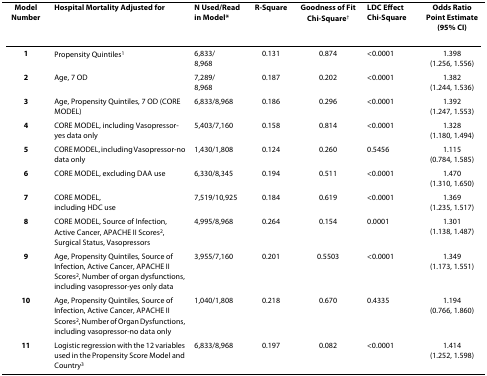
| ModelNumber | Hospital Mortality Adjusted for | N Used/Read in Model* | R-Square | Goodness of FitChi-Square† | LDC Effect Chi-Square | Odds RatioPoint Estimate(95% CI) |
 | --- | --- | --- | --- | --- | --- | --- |
 | 1 | Propensity Quintiles1 | 6,833/8,968 | 0.131 | 0.874 | <0.0001 | 1.398(1.256, 1.556) |
 | 2 | Age, 7 OD | 7,289/8,968 | 0.187 | 0.202 | <0.0001 | 1.382(1.244, 1.536) |
 | 3 | Age, Propensity Quintiles, 7 OD (CORE MODEL) | 6,833/8,968 | 0.186 | 0.296 | <0.0001 | 1.392(1.247, 1.553) |
 | 4 | CORE MODEL, including Vasopressor-yes data only | 5,403/7,160 | 0.158 | 0.814 | <0.0001 | 1.328(1.180, 1.494) |
 | 5 | CORE MODEL, including Vasopressor-no data only | 1,430/1,808 | 0.124 | 0.260 | 0.5456 | 1.115(0.784, 1.585) |
 | 6 | CORE MODEL, excluding DAA use | 6,330/8,345 | 0.194 | 0.511 | <0.0001 | 1.470(1.310, 1.650) |
 | 7 | CORE MODEL,including HDC use | 7,519/10,925 | 0.184 | 0.619 | <0.0001 | 1.369(1.235, 1.517) |
 | 8 | CORE MODEL, Source of Infection, Active Cancer, APACHE II Scores2, Surgical Status, Vasopressors | 4,995/8,968 | 0.264 | 0.154 | 0.0001 | 1.301(1.138, 1.487) |
 | 9 | Age, Propensity Quintiles, Source of Infection, Active Cancer, APACHE II Scores2, Number of organ dysfunctions, including vasopressor-yes only data | 3,955/7,160 | 0.201 | 0.5503 | <0.0001 | 1.349(1.173, 1.551) |
 | 10 | Age, Propensity Quintiles, Source of Infection, Active Cancer, APACHE II Scores2, Number of Organ Dysfunctions, including vasopressor-no data only | 1,040/1,808 | 0.218 | 0.670 | 0.4335 | 1.194(0.766, 1.860) |
 | 11 | Logistic regression with the 12 variables used in the Propensity Score Model and Country3 | 6,833/8,968 | 0.197 | 0.082 | <0.0001 | 1.414(1.252, 1.598) |